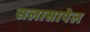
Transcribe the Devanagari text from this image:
सलासापेल